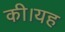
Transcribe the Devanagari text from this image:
की।यह